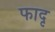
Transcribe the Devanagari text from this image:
फादृ